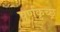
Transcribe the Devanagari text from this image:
पूर्णकृच्छ्र